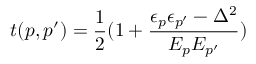
t ( p , p ^ { \prime } ) = \frac { 1 } { 2 } ( 1 + \frac { \epsilon _ { p } \epsilon _ { p ^ { \prime } } - \Delta ^ { 2 } } { E _ { p } E _ { p ^ { \prime } } } )